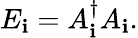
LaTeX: E_{\mathbf{i}}=A_{\mathbf{i}}^{\dagger}A_{\mathbf{i}}.